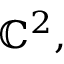
\mathbb { C } ^ { 2 } ,